DOW-UAP-D4, Mission Report, Arabian Gulf, 2020
Agency: Department of War
Page 3
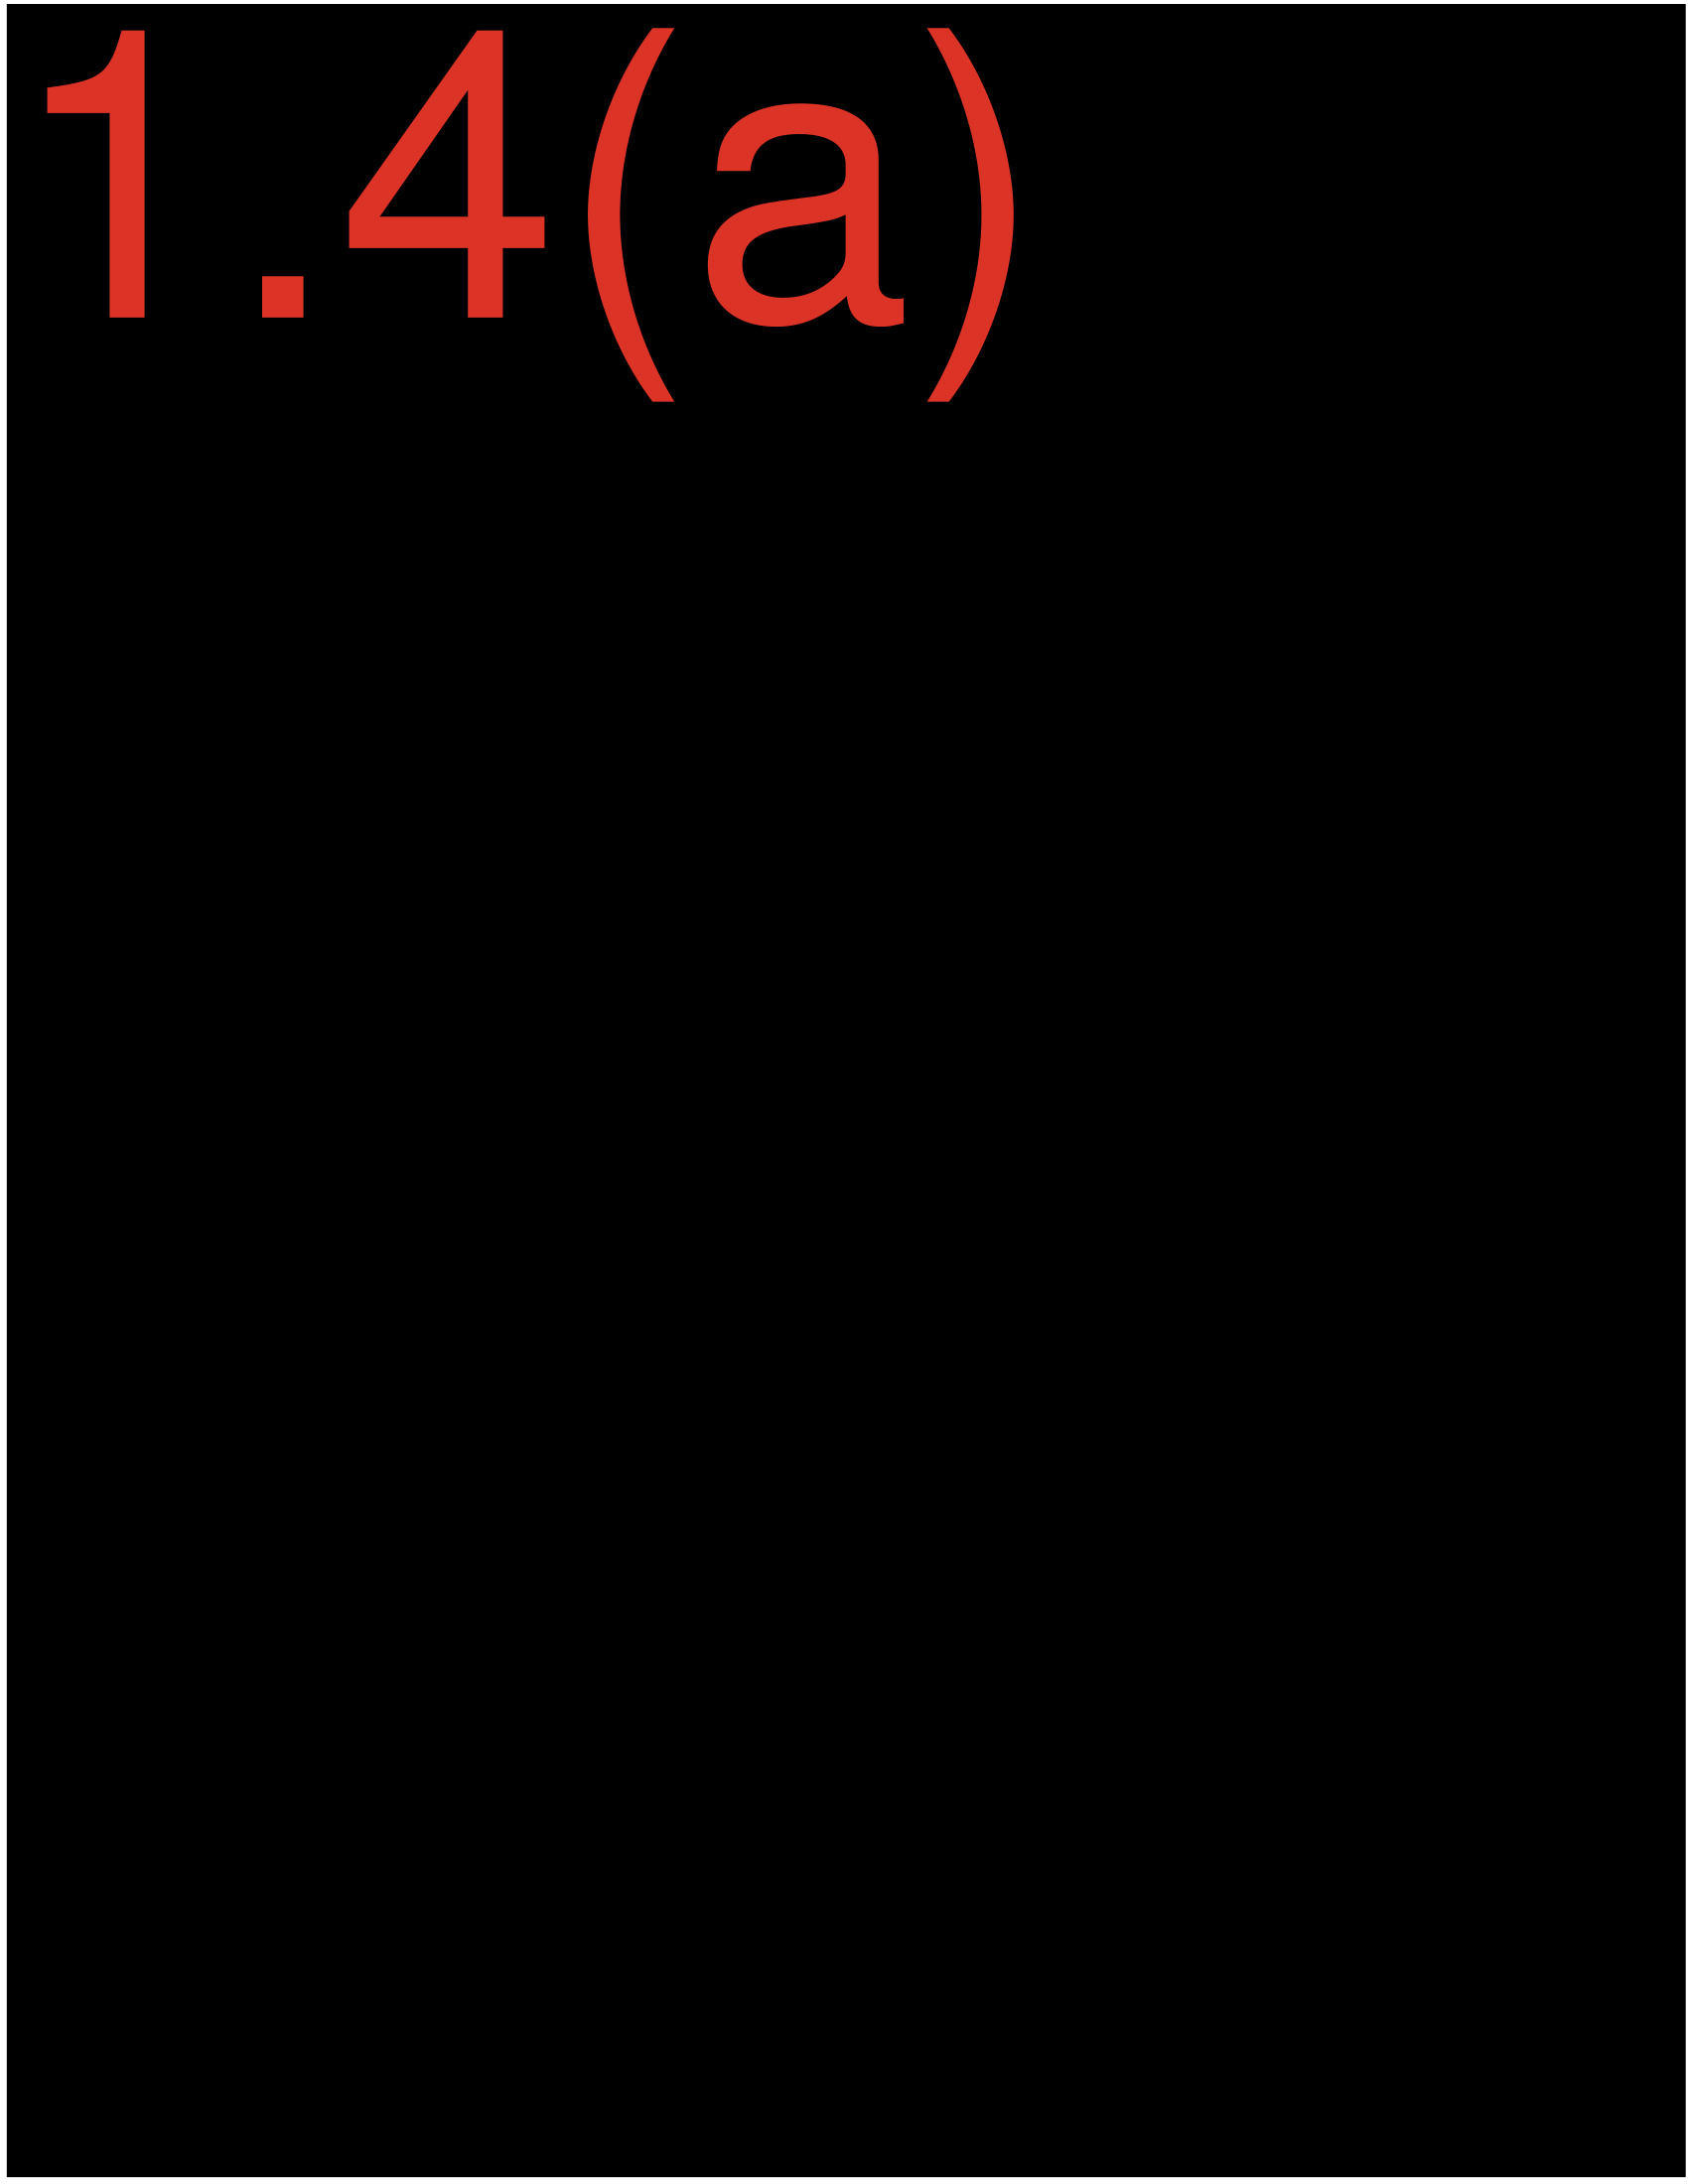